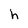
Character: h